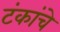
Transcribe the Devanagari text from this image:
टंकांचे